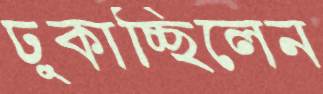
ঢুকাচ্ছিলেন